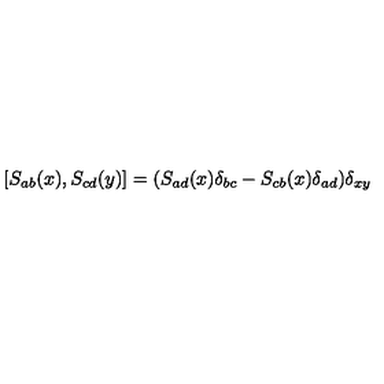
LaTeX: \left[ S _ { a b } ( x ) , S _ { c d } ( y ) \right] = ( S _ { a d } ( x ) \delta _ { b c } - S _ { c b } ( x ) \delta _ { a d } ) \delta _ { x y }